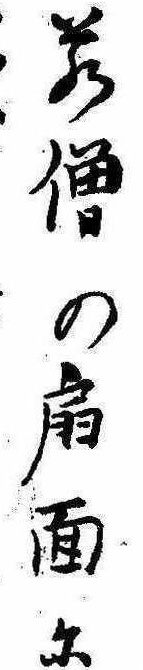
若僧の扇面に